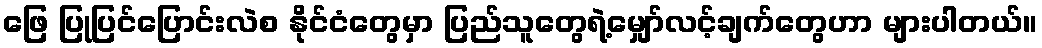
ဖြေ ပြုပြင်ပြောင်းလဲစ နိုင်ငံတွေမှာ ပြည်သူတွေရဲ့မျှော်လင့်ချက်တွေဟာ များပါတယ်။